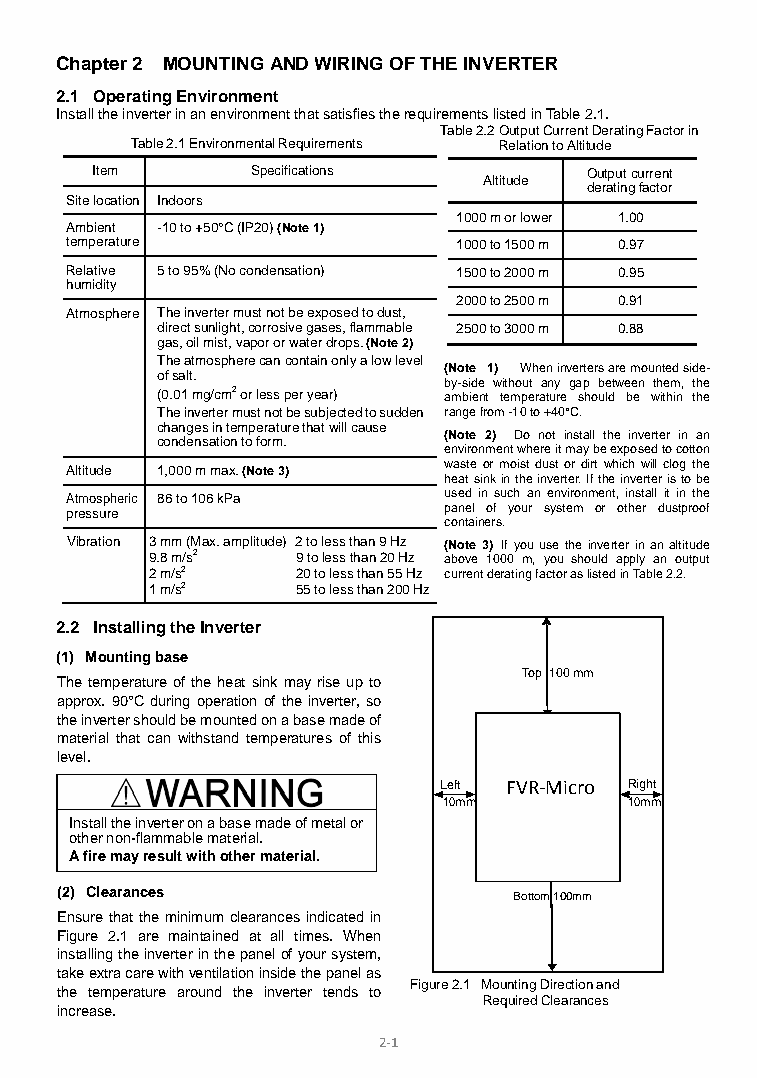
Chapter 2 MOUNTING AND WIRING OF THE INVERTER
 2.1 Operating Environment
 Install the inverter in an environment that satisfies the requirements listed in Table 2.1.
 Table 2.2 Output Current Derating Factor in
 Table 2.1 Environmental Requirements Relation to Altitude
 Item       Specifications        Output current
 Altitude
 derating factor
 Site location Indoors
 1000 m or lower 1.00
 Ambient -10 to +50°C (IP20) (Note 1)
 temperature               1000 to 1500 m 0.97
 Relative 5 to 95% (No condensation) 1500 to 2000 m 0.95
 humidity
 2000 to 2500 m 0.91
 Atmosphere The inverter must not be exposed to dust,
 direct sunlight, corrosive gases, flammable 2500 to 3000 m 0.88
 gas, oil mist, vapor or water drops. (Note 2)
 The atmosphere can contain only a low level
 (Note 1) When inverters are mounted side-
 of salt.
 by-side without any gap between them, the
 (0.01 mg/cm2 or less per year) ambient temperature should be within the
 The inverter must not be subjected to sudden range from -10 to +40°C.
 changes in temperature that will cause
 (Note 2) Do not install the inverter in an
 condensation to form.
 environment where it may be exposed to cotton
 Altitude 1,000 m max. (Note 3) waste or moist dust or dirt which will clog the
 heat sink in the inverter. If the inverter is to be
 Atmospheric 86 to 106 kPa used in such an environment, install it in the
 pressure                 panel of your system or other dustproof
 containers.
 Vibration 3 mm (Max. amplitude) 2 to less than 9 Hz (Note 3) If you use the inverter in an altitude
 9.8 m/s2  9 to less than 20 Hz above 1000 m, you should apply an output
 2 m/s2    20 to less than 55 Hz current derating factor as listed in Table 2.2.
 1 m/s2    55 to less than 200 Hz
 2.2 Installing the Inverter
 (1) Mounting base
 Top 100 mm
 The temperature of the heat sink may rise up to
 approx. 90°C during operation of the inverter, so
 the inverter should be mounted on a base made of
 material that can withstand temperatures of this
 level.
 Left FVR-Micro Right
 10mm         10mm
 Install the inverter on a base made of metal or
 other non-flammable material.
 A fire may result with other material.
 (2) Clearances                Bottom 100mm
 Ensure that the minimum clearances indicated in
 Figure 2.1 are maintained at all times. When
 installing the inverter in the panel of your system,
 take extra care with ventilation inside the panel as
 Figure 2.1 Mounting Direction and
 the temperature around the inverter tends to
 Required Clearances
 increase.
 2-1